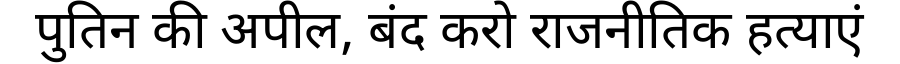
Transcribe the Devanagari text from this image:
पुतिन की अपील, बंद करो राजनीतिक हत्याएं